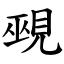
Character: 覡